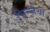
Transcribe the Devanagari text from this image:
भिन्न्तेचा